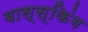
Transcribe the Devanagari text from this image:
बास्स्किंग